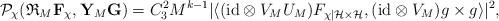
LaTeX: \begin{align*} \mathcal P_{\chi}(\mathfrak R_M\mathbf F_{\chi},\mathbf Y_M \mathbf G) = C_3^2M^{k-1}|\langle (\mathrm{id}\otimes V_MU_M)F_{\chi|\mathcal H \times \mathcal H}, (\mathrm{id}\otimes V_M) g\times g\rangle|^2, \end{align*}